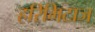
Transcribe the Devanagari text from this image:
हरिमिटाज